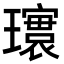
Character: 𪼨